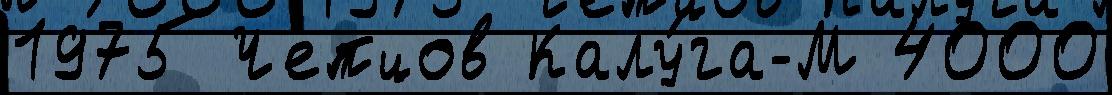
1975 Чепцов Калу́га-М 4000